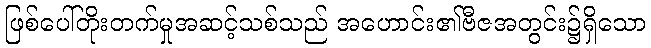
ဖြစ်ပေါ်တိုးတက်မှုအဆင့်သစ်သည် အဟောင်း၏ဗီဇအတွင်း၌ရှိသော